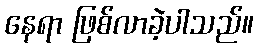
နေရာ ဖြစ်လာခဲ့ပါသည်။